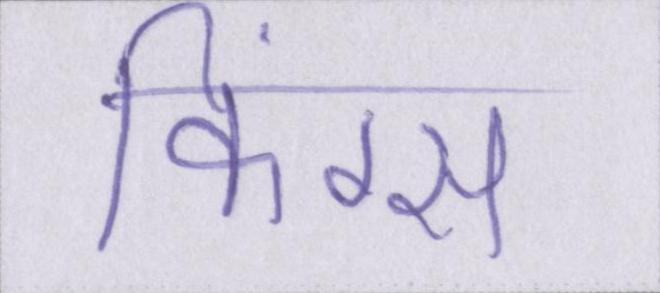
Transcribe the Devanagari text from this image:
किंग्स